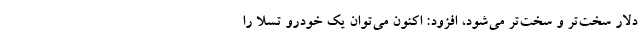
دلار سخت‌تر و سخت‌تر می‌شود، افزود: اکنون می‌توان یک خودرو تسلا را